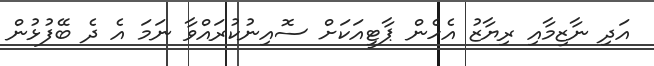
އަދި ނާޒިމާއި ރިޔާޒު އެހެން ޕާޓީއަކަށް ސޮއިނުކުރައްވާ ނަމަ އެ ދެ ބޭފުޅުން